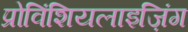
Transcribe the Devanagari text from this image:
प्रोविंशियलाइज़िंग